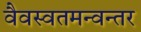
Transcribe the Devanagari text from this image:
वैवस्वतमन्वन्तर